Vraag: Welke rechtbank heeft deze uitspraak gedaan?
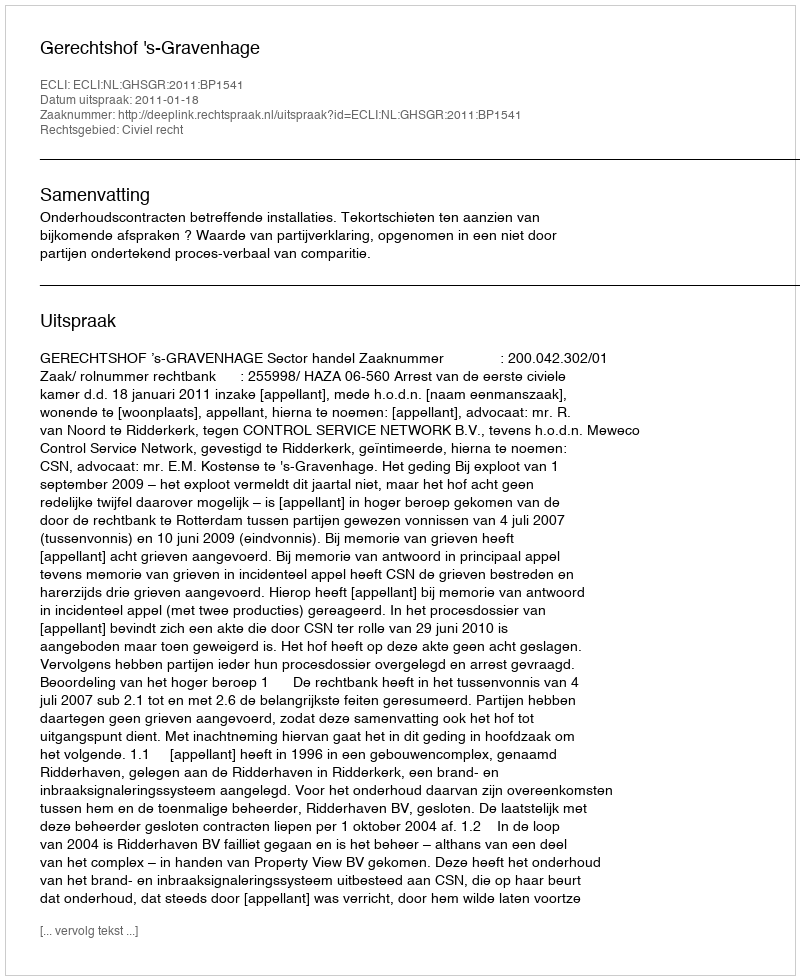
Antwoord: Gerechtshof 's-Gravenhage